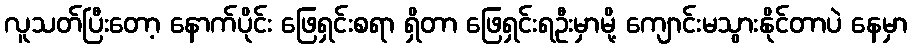
လူသတ်ပြီးတော့ နောက်ပိုင်း ဖြေရှင်းစရာ ရှိတာ ဖြေရှင်းရဦးမှာမို့ ကျောင်းမသွားနိုင်တာပဲ နေမှာ